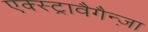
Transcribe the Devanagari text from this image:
एक्स्ट्रावैगैन्ज़ा